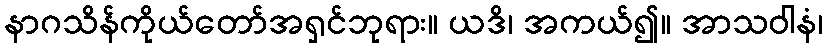
နာဂသိန်ကိုယ်တော်အရှင်ဘုရား။ ယဒိ၊ အကယ်၍။ အာသဝါနံ၊